Vaccination North-Western Provinces and Oudh 1878-1895 - 1878-1895
Year: 1878
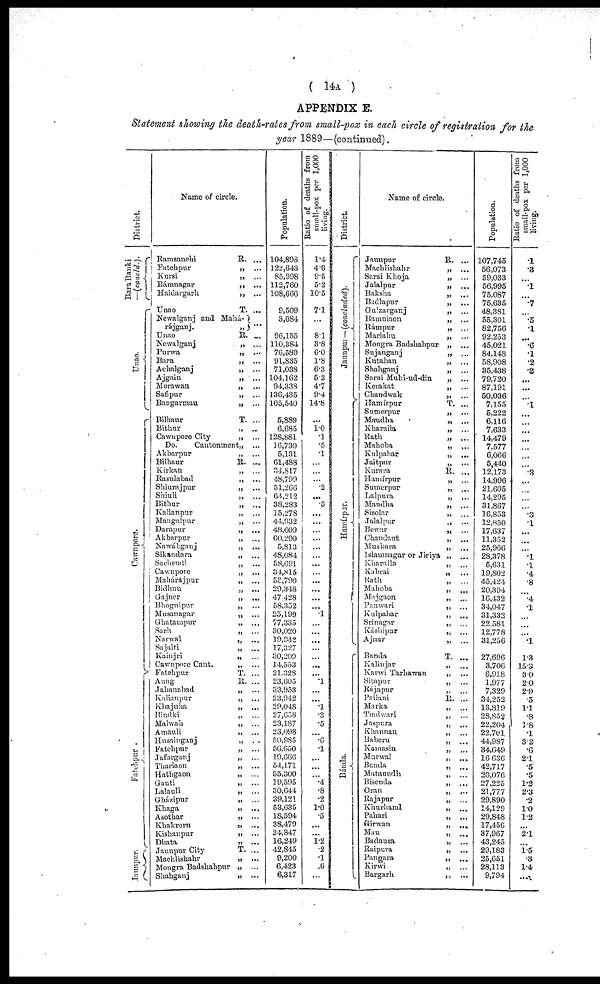
( 11A )
APPENDIX E.
Statement showing the death-rates from small-pox in each circle of registration for the
year 1889—(continued).
District.
Bara Banki
—(concld.).
Unao.
Cawnpore.
Fatehpur.
Jaunpur.
Name of circle.
Ramsanehi
R. ...
Fatehpur
„ ...
Kursi
„ ...
Rámnagar
„ ...
Haidargarh
„ ...
Unao
T. ...
Newalganj and Mahá¬
rájganj.
„ ...
Unao
R. „ ...
Newalganj
„ ...
Purwa
„ ...
Bara
„ ...
Achalganj
„ ...
Ajgain
„ ...
Morawan
„
Safipur
„ ...
Bangarmau
„ ...
Rilhaur
T. ...
Bithur
„ ...
Cawnpore City
„ ...
Do.
Cantonment„ ...
Akbarpur
„ ...
Bilhaur
R. ...
Kirkan
„ ...
Rasulabad
„ ...
Shiumjpur
„ ...
Shiuli
„ ...
Bithur
„ ...
Kalianpur
„ ...
Mangalpur
„ ...
Darapur
„ ...
Akbarpur
„ ...
Nawábganj
„ ...
Sikandara
„ ...
Sachendi
„ ...
Cawnpore
„ ...
Mahárájpur
„ ...
Bidhnu
„ ...
Gajner
„ ...
Bhognipur
„ ...
Musanagar
„ ...
Ghatampur
„ ...
Sarh
„ ...
Narwal
„ ...
Sajaiti
„ ...
Kainjri
„ ...
Cawnpore Cant.
„ ...
Fatehpur
T. ...
Aung
R. ...
Jabanabad
„ ...
Kalianpur
„ ...
Khajuha
„ ...
Bindki
„ ...
Malwah
„ ...
Amauli
„ ...
Husainganj
„ ...
Fatehpur
„ ...
Jafarganj
„ ...
Thariaon
„ ...
Hathgaon
„ ...
Gauti
„ ...
Lalauli
„ ...
Gházipur
„ ...
Khaga
„ ...
Asothar
„ ...
Khakreru
„ ...
Kishanpur
„ ...
Dhata
„ ...
Jaunpur City
T. ...
Machlishahr „ ...
Mongra Badshahpur „ ...
Shahganj
„ ...
Population.
104,898
122,643
85,998
113,760
108,666
9,509
3,084
96,155
110,384
76,589
91,835
71,038
104,162
94,338
136,435
105,540
5,889
6,685
128,881
16,730
5,131
61,488
34,817
48,799
51,266
64,212
38,283
15,278
44,932
48,609
60,290
5,813
48,084
58,691
34,815
58,790
29,348
47 428
58,352
25,199
77,335
30,020
19,942
17,327
30,209
14,553
21.328
23,605
33,953
23,942
29,048
27,658
23,187
23,098
50,985
56,650
19,666
54,171
55,300
19,595
30,644
39,121
53,635
18,594
38,479
24,847
16,249
42,845
9,200
6,423
6,317
Ratio of deaths from
small-pox per 1,000
living.
1.4
4.6
9.5
5.2
10.5
7.1
...
8.1
3.8
6.0
1.8
6.3
5.2
4.7
9.4
14.8
...
1.0
.1
.5
.1
...
...
...
.2
...
.3
...
...
...
...
...
...
...
...
...
...
...
...
.1
...
...
...
...
...
...
...
.1
...
...
.1
.3
.5
...
.6
.1
...
...
...
.4
.8
.2
1.0
.5
...
...
1.2
.2
.1
.6
...
District.
Jaunpur — (concluded).
Hamírpar.
Bánda.
Name of circle.
Jannpur
R. ...
Machlishahr
„ ...
Sarai Khoja
„ ...
Jalalpur
„ ...
Baksha
„ ...
Badlapur
„ ...
Gulzarganj
„ ...
Banmiaon
„ ...
Rámpur
„ ...
Mariahu
„ ...
Mongra Badshahpur „ ...
Sujanganj
„ ...
Kutahan
„ ...
Shahganj
„ ...
Sarai Muhi-ud-din.
„ ...
Kerakat
„ ...
Chandwak
„ ...
Hamírpur
T. ...
Sumerpur
„ ...
Marudha
„
...
Kharaila
„ ...
Rath
„ ...
Mahoba
„ ...
Kulpahar
„ ...
Jaitpur
„ ...
Kurara
R. ...
Hamírpur
„ ...
Sumerpur
„ ...
Lalpura
„ ...
Maudlin
„ ...
Sisolar
„ ...
Jalalpur
„ ...
Bewar
„ ...
Chandaut
„ ...
Muskara
„ ...
Islamnagar or Jiriya „ ...
Kharaila
„ ...
Kabrai
„ ...
Rath
„ ...
Mahoba
„ ...
Majgaon
„ ...
Panwari
„ ...
Kulpahar
„ ...
Srinagar
„ ...
Káshipur
„ ...
Ajnar
„ ...
Banda
T. ...
Kalinjar
„ ...
Karwi Tarhawan
„ ...
Sitapur
„ ...
Rájapur
„ ...
Pailani
R. ...
Marka
„ ...
Tindwari
„ ...
Jaspura
„ ...
Khannan
„ ...
Baberu
„ ...
Kamasin
„ ...
Murwal
„ ...
Banda
„ ...
Mataundh
„ ...
Bisenda
„ ...
Oran
„ ...
Rajapur
„ ...
Khurhand
„ ...
Pahari
„ ...
Girwan
„ ...
Mau
„ ...
Badausa
„ ...
Raipura
„ ...
Pangara
„ ...
Kirwi
„ ...
Bargarh
„ ...
Population.
107,745
56,073
59,033
56,995
75,087
75,635
48,381
55,301
82,756
92,253
45,021
84,148
58,908
35,438
79,720
87,191
50,036
7,155
5,222
6,116
7,633
14,479
7,577
6,066
5,440
12,173
14,996
21,605
14,295
31,867
16,853
12,850
17,637
11,352
25,966
28,378
5,631
19,802
45,424
20,394
16,432
34,047
31,332
22,581
12,778
31,256
27,696
3,706
6,918
1,977
7,329
34,252
13,819
28,852
22,204
22,701
44,987
34,649
16 636
42,717
20,076
27,225
21,777
29,890
14,129
29,848
17,456
37,967
43,245
29,183
25,651
28,113
9,794
Ratio of deaths from
small-pox per 1,000
living.
.1
.3
...
.1
...
.7
...
.5
.1
...
.6
.1
.2
.2
...
...
...
.1
...
...
...
...
...
...
...
.3
...
...
...
...
.3
.1
...
...
...
.1
.1
.4
.8
...
.4
.1
...
...
...
.1
1.3
15.3
3.0
2.0
2.9
.5
1.1
.8
1.8
.1
3.2
.6
2.1
.5
.5
1.2
2.3
.2
1.0
1.2
...
2.1
...
1.5
.3
1.4
...